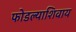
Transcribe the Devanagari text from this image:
फोडल्याशिवाय